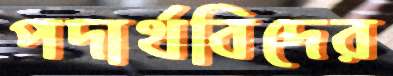
পদার্থবিদের